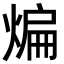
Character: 煸